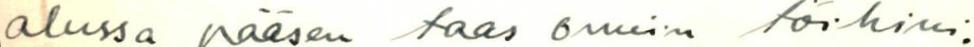
alussa pääsen taas omiin töihin.